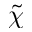
\tilde { \chi }